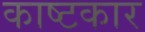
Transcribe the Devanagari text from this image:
काष्टकार